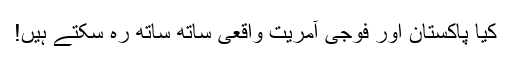
کیا پاکستان اور فوجی آمریت واقعی ساتھ ساتھ رہ سکتے ہیں!